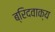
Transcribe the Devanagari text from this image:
ब्रिदवाक्य